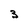
Character: 3